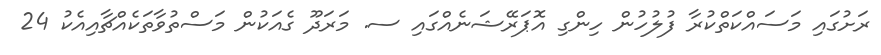
ރަށުގައި މަސައްކަތްކުރާ ފުލުހުން ހިންގި އޮޕަރޭޝަނެއްގައި ސ. މަރަދޫ ގެއަކުން މަސްތުވާތަކެއްޗާއިއެކު 24